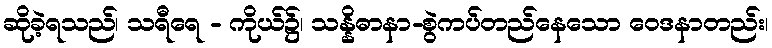
ဆိုခဲ့ရသည်၊ သရီရေ - ကိုယ်၌၊ သန္နိဓာနာ-စွဲကပ်တည်နေသော ဝေဒနာတည်း၊